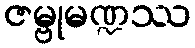
ဇမ္ဗုမဏ္ဍဿ